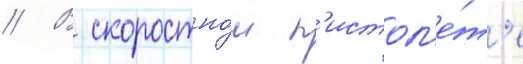
// В скоростно́м п'истол'е́т'е